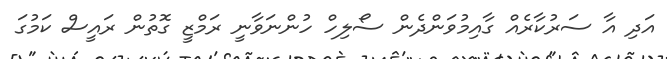
އަދި އާ ސަރުކާރެއް ގާއިމުވަންދެން ސޯލިހް ހުންނަވާނީ ރަމްޒީ ގޮތުން ރައީސް ކަމުގަ